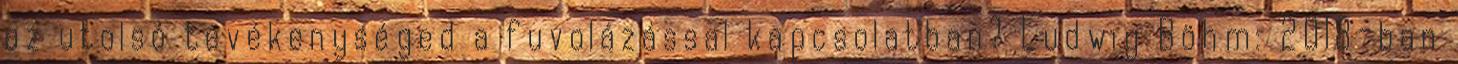
az utolsó tevékenységed a fuvolázással kapcsolatban? Ludwig Böhm: 2018-ban